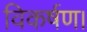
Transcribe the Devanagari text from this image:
विकर्षण।